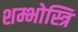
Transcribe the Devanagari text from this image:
शम्भोस्त्रि